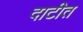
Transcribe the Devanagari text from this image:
दाटीत